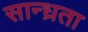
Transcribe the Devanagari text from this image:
सान्ध्रता